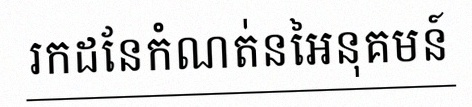
រកដែនកំណត់នៃអនុគមន៍